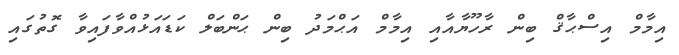
އިމާމް އިސްޙާޤް ބިން ރާހޫޔާއާއި އިމާމް އަޙްމަދު ބިން ޙަންބަލް ކަޑައަޅުއްވާފައިވާ ގޮތުގައި